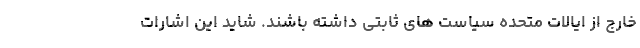
خارج از ایالات متحده سیاست های ثابتی داشته باشند. شاید این اشارات